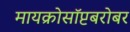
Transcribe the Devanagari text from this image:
मायक्रोसॉप्टबरोबर